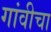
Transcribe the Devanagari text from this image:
गांवीचा